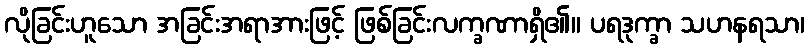
လိုခြင်းဟူသော အခြင်းအရာအားဖြင့် ဖြစ်ခြင်းလက္ခဏာရှိ၏။ ပရဒုက္ခာ သဟနရသာ၊